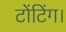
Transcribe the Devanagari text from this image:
टोंटिंग।